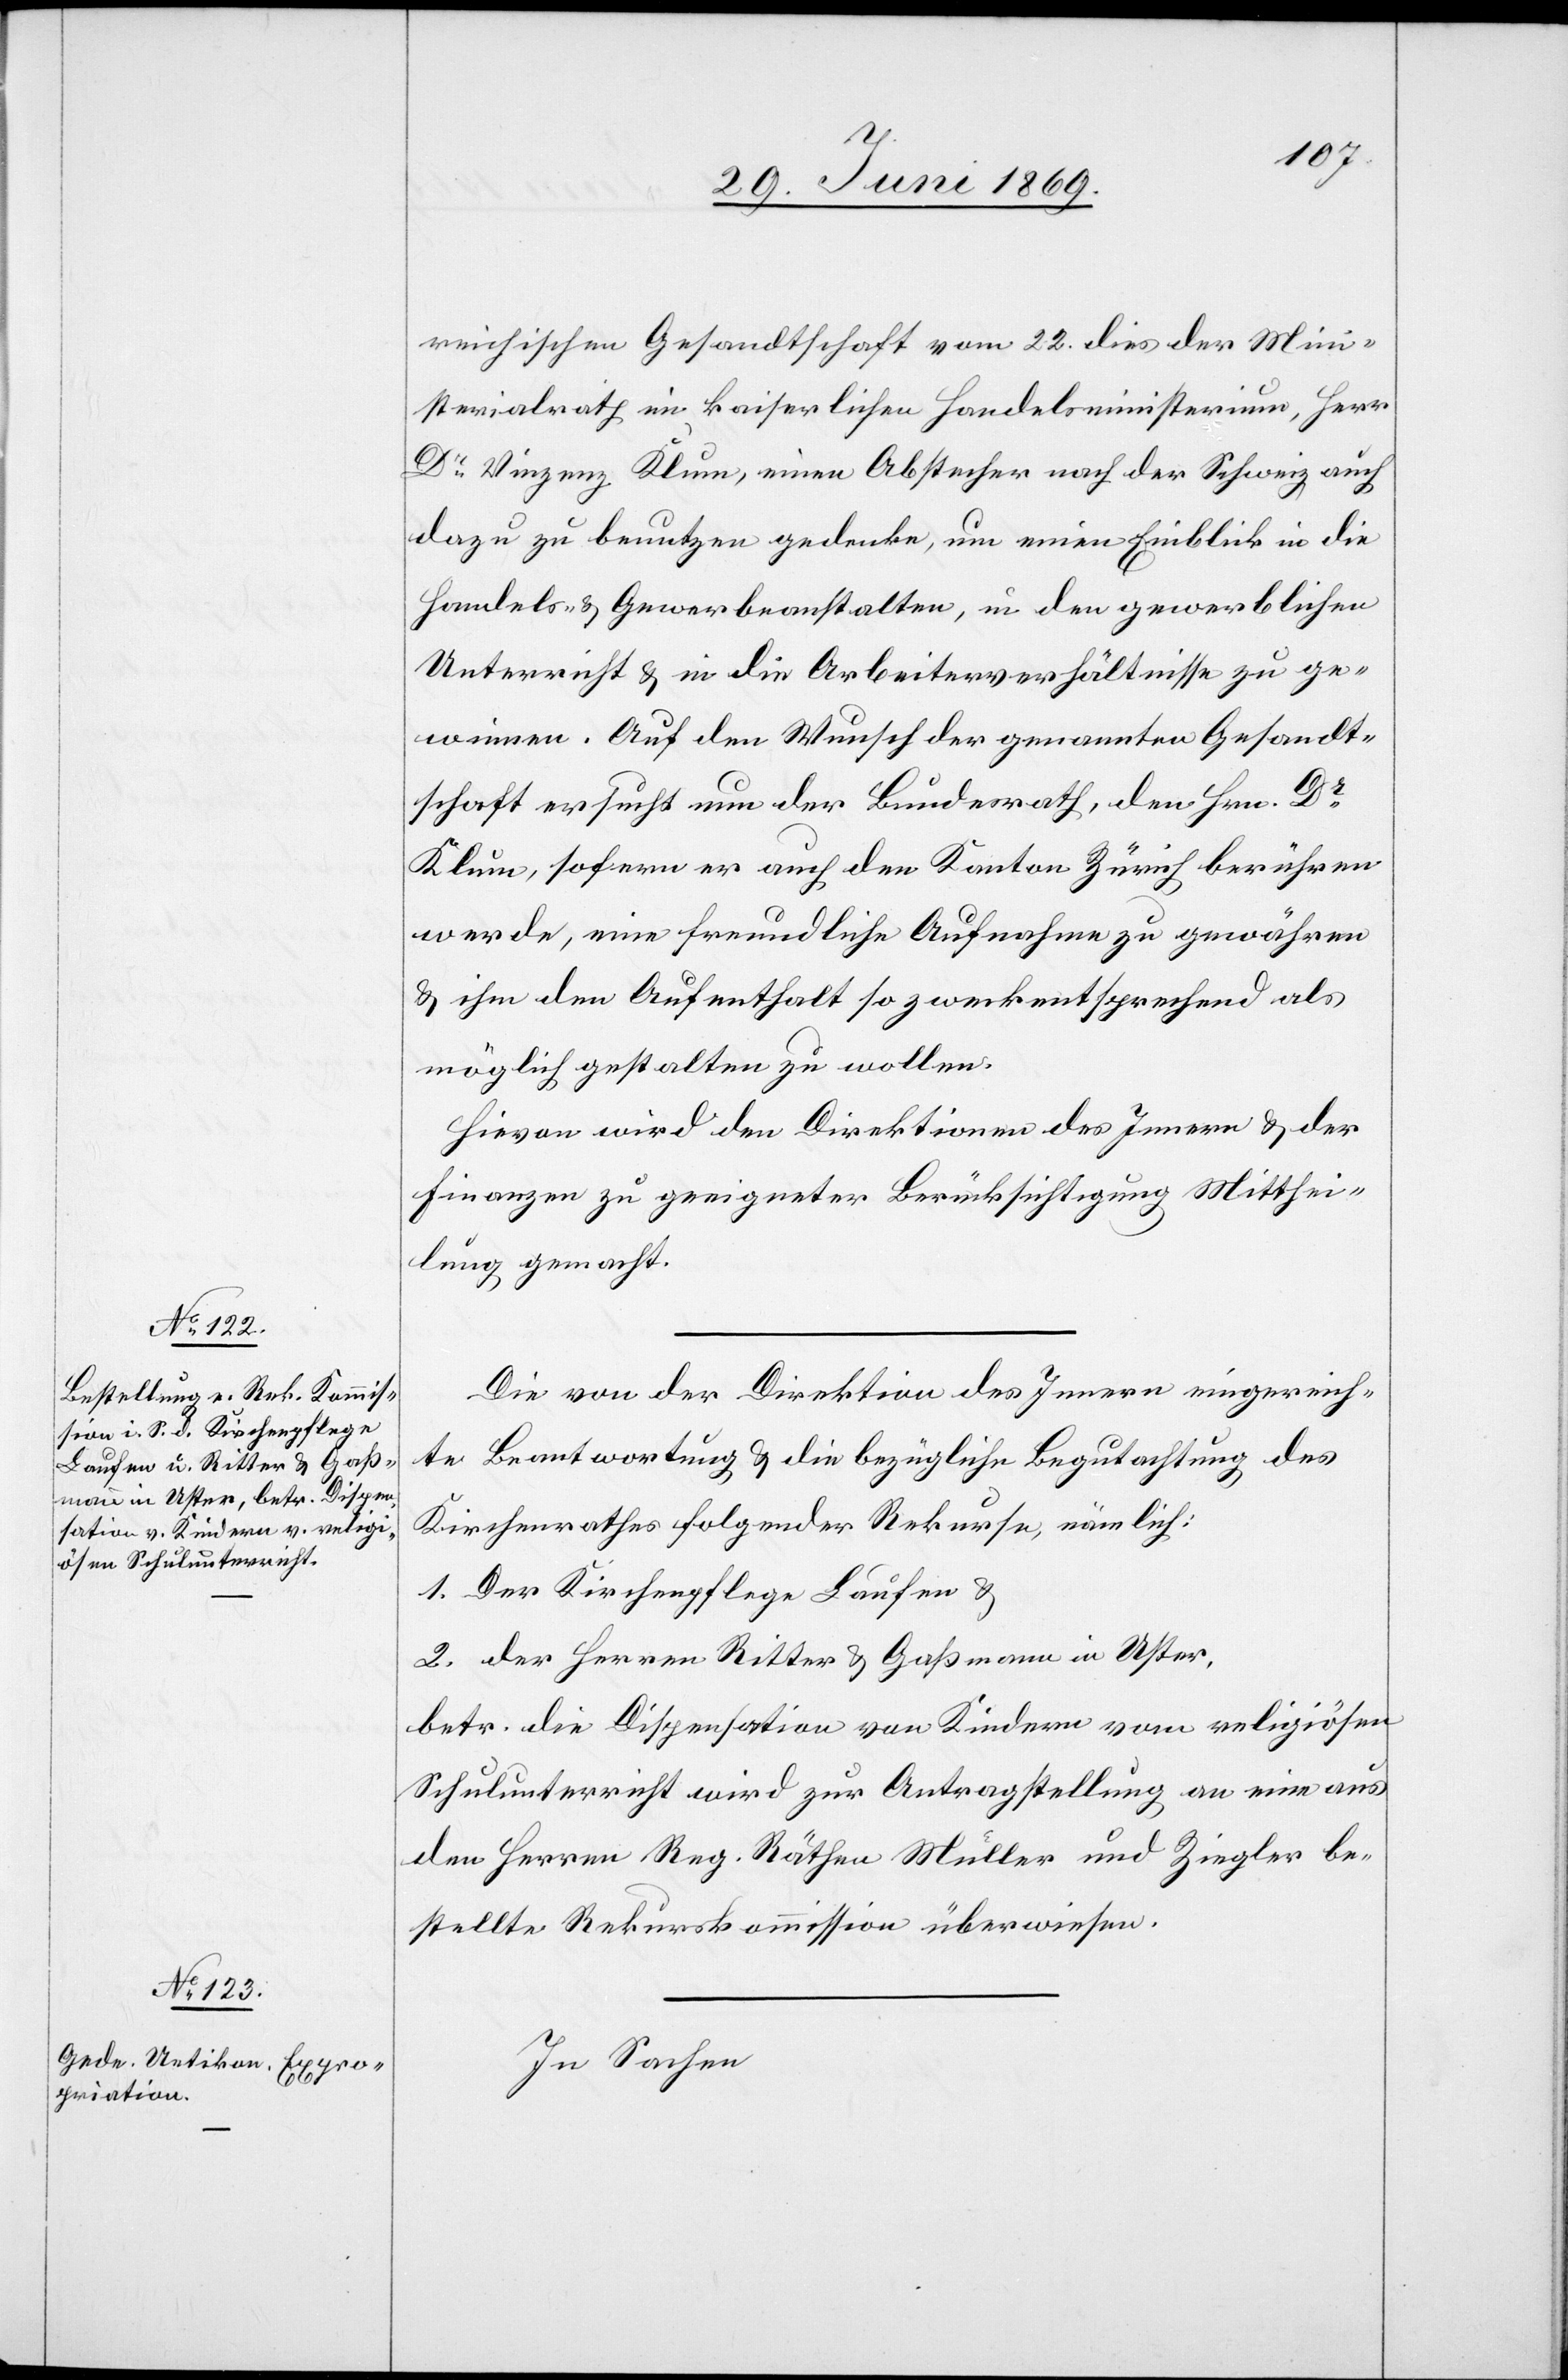
reichischen Gesandtschaft vom 22 dies der Mini¬
sterialrath im kaiserlichen Handelsministerium, Herr
Dr Vinzenz Klum, einen Abstecher nach der Schweiz auch
dazu benutzen gedenke, um einen Einblick in die
Handels- u. Gewerbeanstalten, u. den gewerblichen
Unterricht u. in die Arbeitsverhältnisse zu ge¬
winnen. Auf den Wunsche der genannten Gesandt¬
schaft ersucht nun der Bundesrath, den Hrn. Dr
Klum, sofern er auch den Kanton Zürich berühren
werde, eine freundliche Aufnahme zu gewähren
u. ihm den Aufenthalt so zweckentsprechend, als
möglich gestalten zu wollen.
Hievon wird den Direktionen des Innern u. der
Finanzen zu geeigneter Berücksichtigung Mitthei¬
lung gemacht.
Die von der Direktion des Innern eingereich¬
te Beantwortung u. die bezügliche Begutachtung des
Kirchenrathes folgender Rekurse, nämlich:
1. Der Kirchenpflege Laufen u.
2. Der Herren Ritter u. Gaßmann in Uster,
betr. die Dispensation von Kindern vom religiösen
Schulunterricht wird zur Antragstellung an eine aus
den Herren Reg. Räthen Müller und Ziegler be¬
stellte Rekurskommission überwiesen.
In Sachen